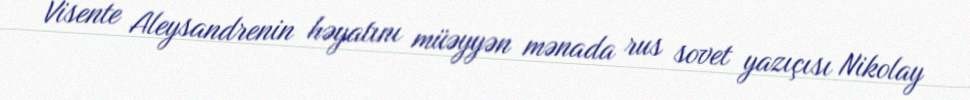
Visente Aleysandrenin həyatını müəyyən mənada rus sovet yazıçısı Nikolay